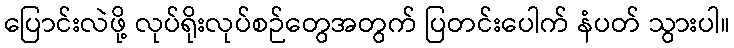
ပြောင်းလဲဖို့ လုပ်ရိုးလုပ်စဉ်တွေအတွက် ပြတင်းပေါက် နံပတ် သွားပါ။